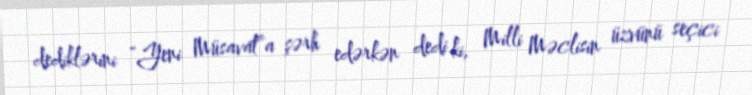
dediklərini “Yeni Müsavat”a şərh edərkən dedi ki, Milli Məclisin üzvünü seçici